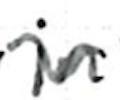
Text: in
Cross-out: wave
Writing tool: ballpoint